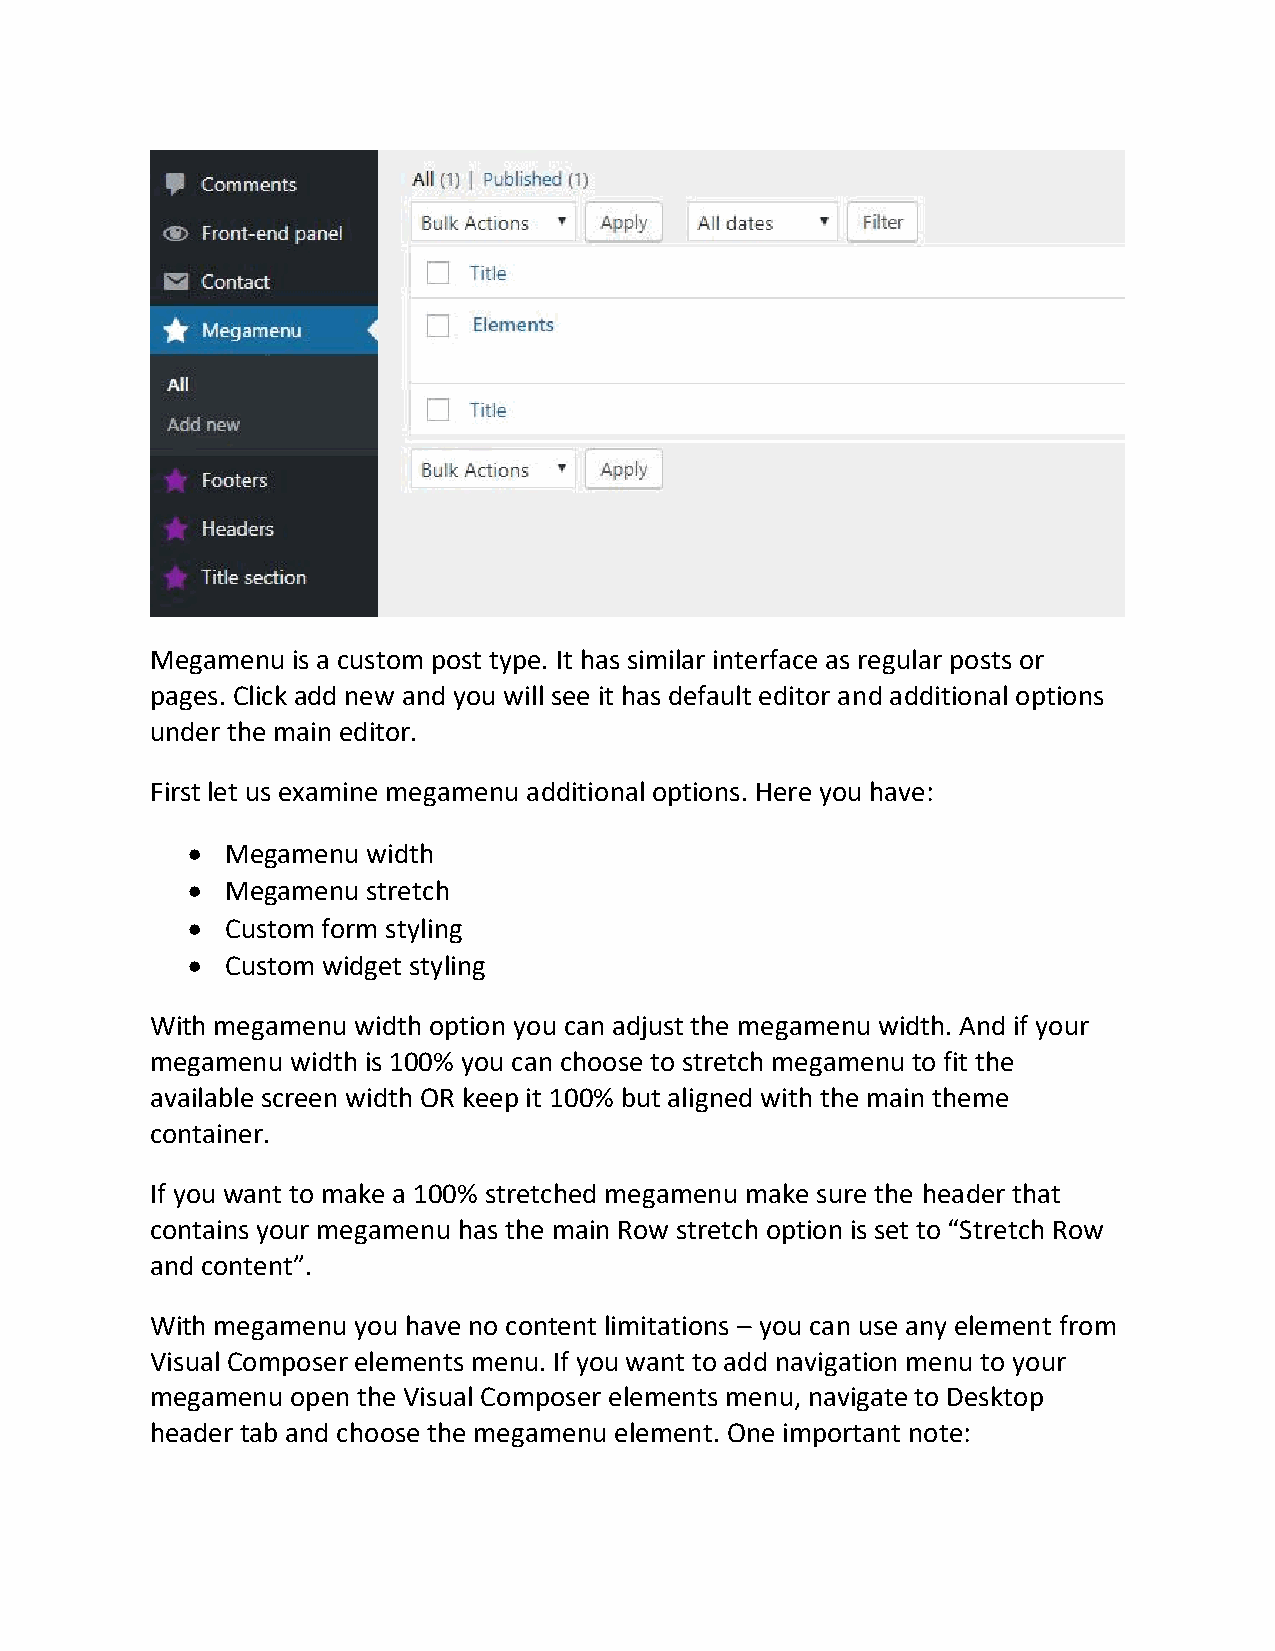
Megamenu is a custom post type. It has similar interface as regular posts or
 pages. Click add new and you will see it has default editor and additional options
 under the main editor.
 First let us examine megamenu additional options. Here you have:
   Megamenu width
   Megamenu stretch
   Custom form styling
   Custom widget styling
 With megamenu width option you can adjust the megamenu width. And if your
 megamenu width is 100% you can choose to stretch megamenu to fit the
 available screen width OR keep it 100% but aligned with the main theme
 container.
 If you want to make a 100% stretched megamenu make sure the header that
 contains your megamenu has the main Row stretch option is set to “Stretch Row
 and content”.
 With megamenu you have no content limitations – you can use any element from
 Visual Composer elements menu. If you want to add navigation menu to your
 megamenu open the Visual Composer elements menu, navigate to Desktop
 header tab and choose the megamenu element. One important note: